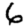
Digit: 6